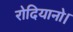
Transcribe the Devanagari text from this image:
रोदियानो।